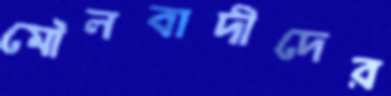
মৌলবাদীদের